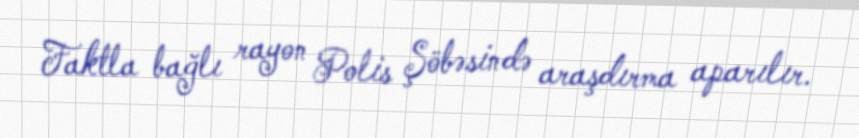
Faktla bağlı rayon Polis Şöbəsində araşdırma aparılır.